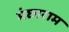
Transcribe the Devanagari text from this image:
मंछाराम